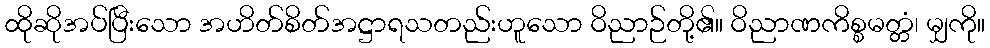
ထိုဆိုအပ်ပြီးသော အဟိတ်စိတ်အဋ္ဌာရသတည်းဟူသော ဝိညာဉ်တို့၏။ ဝိညာဏကိစ္စမတ္တံ၊ မျှကို။